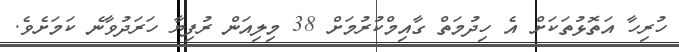
ހުރިހާ އަތޮޅުތަކަށް އެ ހިދުމަތް ގާއިމްކުރުމަށް 38 މިލިއަން ރުފިޔާ ހަރަދުވާނެ ކަމަށެވެ.